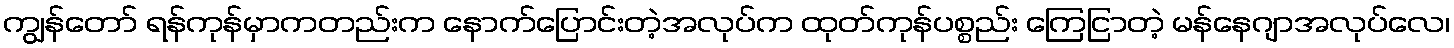
ကျွန်တော် ရန်ကုန်မှာကတည်းက နောက်ပြောင်းတဲ့အလုပ်က ထုတ်ကုန်ပစ္စည်း ကြေငြာတဲ့ မန်နေဂျာအလုပ်လေ၊